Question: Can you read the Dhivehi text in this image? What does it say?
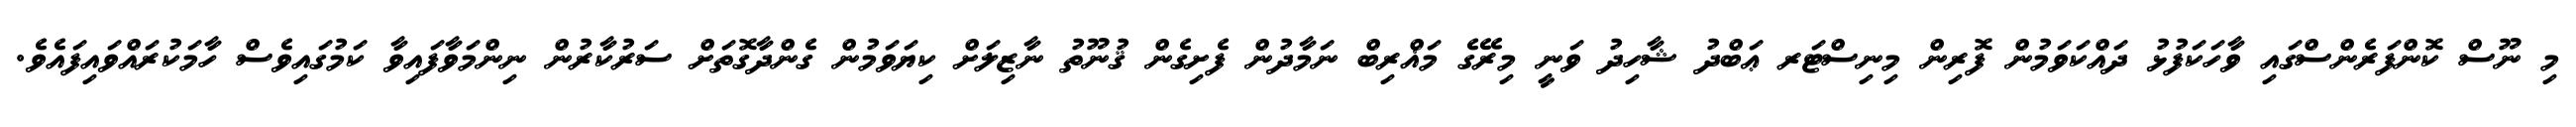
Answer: މި ނޫސް ކޮންފަރެންސްގައި ވާހަކަފުޅު ދައްކަވަމުން ފޮރިން މިނިސްޓަރ ޢަބްދު ޝާހިދު ވަނީ މިރޭގެ މަޣްރިބް ނަމާދުން ފެށިގެން ޤުނޫތު ނާޒިލަށް ކިޔަވަމުން ގެންދާގޮތަށް ސަރުކާރުން ނިންމަވާފައިވާ ކަމުގައިވެސް ހާމަކުރައްވައިފައެވެ.